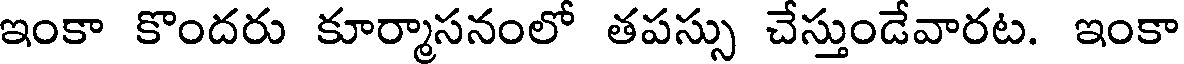
ఇంకా కొందరు కూర్మాసనంలో తపస్సు చేస్తుండేవారట. ఇంకా